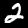
Label: 2